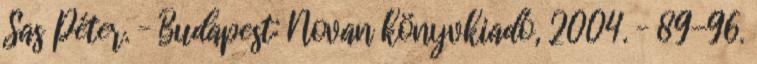
Sas Péter. – Budapest: Novan könyvkiadó, 2004. – 89-96.